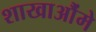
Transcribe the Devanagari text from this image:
शाखाऔंमे